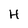
Character: H